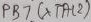
Text: PB7 (XTAL2)